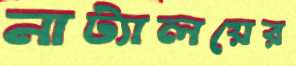
নাট্যালয়ের